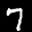
Label: 7